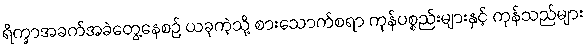
ရိက္ခာအခက်အခဲတွေ့နေစဉ် ယခုကဲ့သို့ စားသောက်စရာ ကုန်ပစ္စည်းများနှင့် ကုန်သည်များ